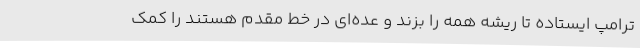
ترامپ ایستاده تا ریشه همه را بزند و عده‌ای در خط مقدم هستند را کمک